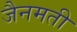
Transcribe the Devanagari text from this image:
जैनमती